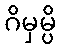
ဂိမှမ္ပိ